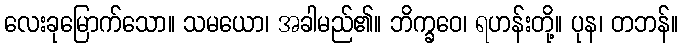
လေးခုမြောက်သော။ သမယော၊ အခါမည်၏။ ဘိက္ခဝေ၊ ရဟန်းတို့။ ပုန၊ တဘန်။